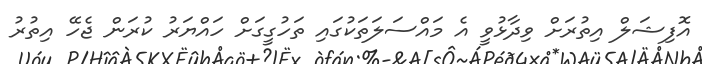
އޮފިޝަލް އިތުރަށް ވިދާޅުވީ އެ މައްސަލަތަކުގައި ތަހުގީގަށް ހައްޔަރު ކުރަން ޖެހޭ އިތުރު